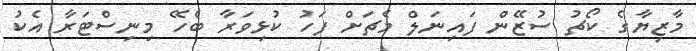
މާޒިޔާގެ ކޯޗު ސުޒޭން ފައިނަލް މެޗަށް ފަހު ކުޅިވަރާ ބެހޭ މިނިސްޓަރާ އެކު